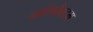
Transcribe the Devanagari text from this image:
कॉम्पैक्टम